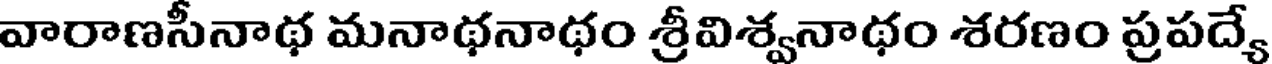
వారాణసీనాథ మనాథనాథం శ్రీవిశ్వనాథం శరణం ప్రపద్యే